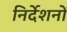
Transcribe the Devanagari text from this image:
निर्देशनों